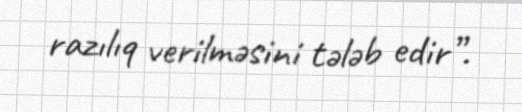
razılıq verilməsini tələb edir”.